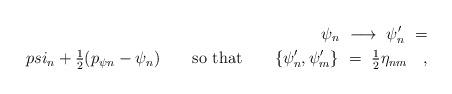
LaTeX: \begin{align*}\psi_n\ \longrightarrow\ \psi'_n\ =\\psi_n+{\textstyle{\frac 12}} (p_{\psi n}-\psi_n) \qquad{\rm so\ that}\qquad\{\psi'_n,\psi'_m\}\ =\ {\textstyle{\frac 12}}\eta_{nm} \quad,\end{align*}